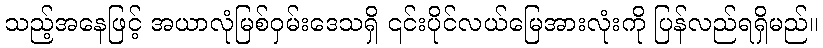
သည့်အနေဖြင့် အယာလုံမြစ်ဝှမ်းဒေသရှိ ၎င်းပိုင်လယ်မြေအားလုံးကို ပြန်လည်ရရှိမည်။